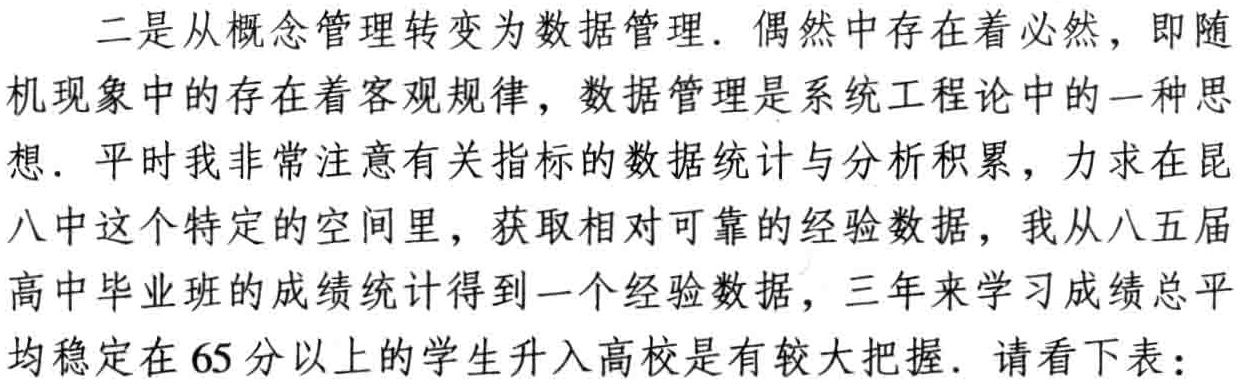
二是从概念管理转变为数据管理. 偶然中存在着必然，即随机现象中的存在着客观规律，数据管理是系统工程论中的一种思想. 平时我非常注意有关指标的数据统计与分析积累，力求在昆八中这个特定的空间里，获取相对可靠的经验数据，我从八五届高中毕业班的成绩统计得到一个经验数据，三年来学习成绩总平均稳定在$65$分以上的学生升入高校是有较大把握. 请看下表：